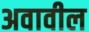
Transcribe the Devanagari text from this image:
अवावील